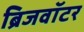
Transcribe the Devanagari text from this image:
ब्रिजवॉटर